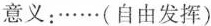
意义：……（自由发挥）